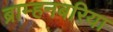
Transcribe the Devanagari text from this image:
ब्राम्हनबरिया